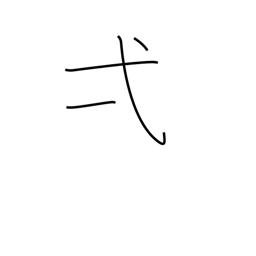
Meaning: one